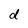
Character: d